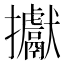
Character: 㩵